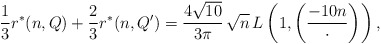
\begin{align*}\frac{1}{3}r^*(n,Q)+\frac{2}{3}r^*(n,Q')=\frac{4\sqrt{10}}{3\pi}\,\sqrt{n}\,L\left(1,\left(\frac{-10n}{\cdot}\right)\right),\end{align*}